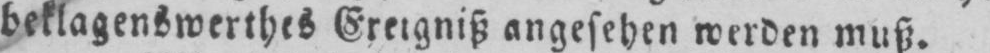
angesehen werden muß.